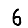
Digit: 6